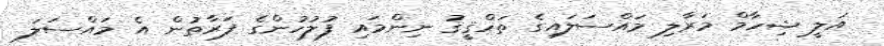
އަލީ ޝިހާމް މަރާލި މައްސަލައިގެ ތަހްޤީޤު ނިންމައި ފުލުހުންގެ ފަރާތުން އެ މައްސަލަ